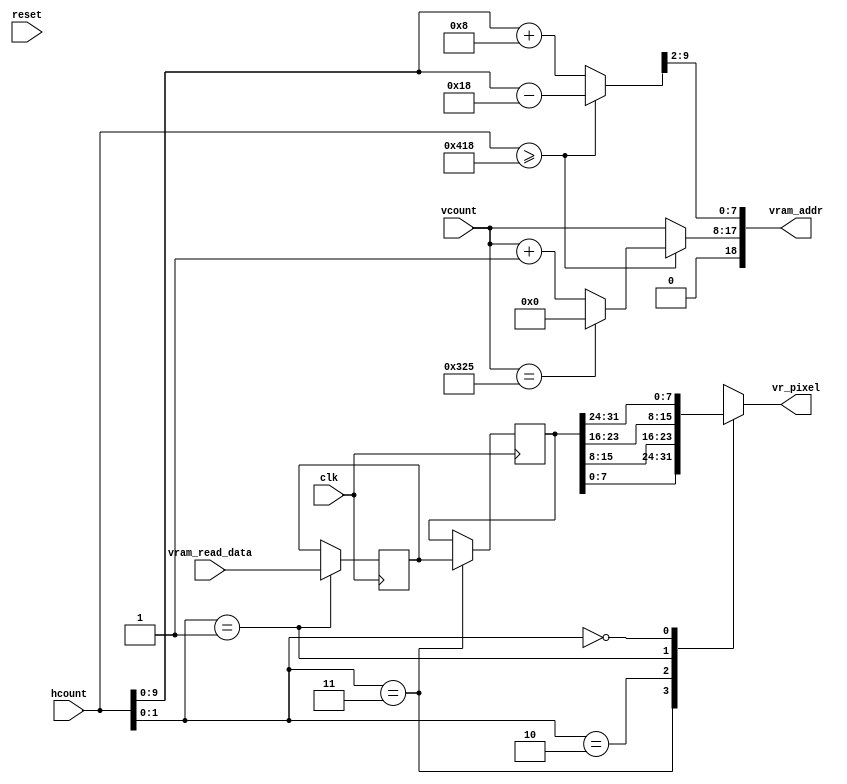

/////////////////////////////////////////////////////////////////////////////
// generate display pixels from reading the ZBT ram
// note that the ZBT ram has 2 cycles of read (and write) latency
//
// We take care of that by latching the data at an appropriate time.
//
// Note that the ZBT stores 36 bits per word; we use only 32 bits here,
// decoded into four bytes of pixel data.
//
// Bug due to memory management will be fixed. The bug happens because
// memory is called based on current hcount & vcount, which will actually
// shows up 2 cycle in the future. Not to mention that these incoming data
// are latched for 2 cycles before they are used. Also remember that the
// ntsc2zbt's addressing protocol has been fixed. 

// The original bug:
// -. At (hcount, vcount) = (100, 201) data at memory address(0,100,49) 
//    arrives at vram_read_data, latch it to vr_data_latched.
// -. At (hcount, vcount) = (100, 203) data at memory address(0,100,49) 
//    is latched to last_vr_data to be used for display.
// -. Remember that memory address(0,100,49) contains camera data
//    pixel(100,192) - pixel(100,195).
// -. At (hcount, vcount) = (100, 204) camera pixel data(100,192) is shown.
// -. At (hcount, vcount) = (100, 205) camera pixel data(100,193) is shown. 
// -. At (hcount, vcount) = (100, 206) camera pixel data(100,194) is shown.
// -. At (hcount, vcount) = (100, 207) camera pixel data(100,195) is shown.
//
// Unfortunately this means that at (hcount == 0) to (hcount == 11) data from
// the right side of the camera is shown instead (including possible sync signals). 

// To fix this, two corrections has been made:
// -. Fix addressing protocol in ntsc_to_zbt module.
// -. Forecast hcount & vcount 8 clock cycles ahead and use that
//    instead to call data from ZBT.


module vram_display(reset,clk,hcount,vcount,vr_pixel,
		    vram_addr,vram_read_data);

   input reset, clk;
   input [10:0] hcount;
   input [9:0] 	vcount;
   output [7:0] vr_pixel;
   output [18:0] vram_addr;
   input [35:0]  vram_read_data;
		
	// example
	// (ADDR 0) 0 (call for addr block 1) | 1 (save read -> latch) | 2  | 3 (latch -> last)
	// (ADDR 1) 4  (call for addr block 2) | 5 (save read -> latch) | 6 | 7 (latch -> last) 
   // forecast hcount & vcount 8 clock cycles ahead to get data from ZBT
   wire [10:0] hcount_f = (hcount >= 1048) ? (hcount - 1048) : (hcount + 8);
   wire [9:0] vcount_f = (hcount >= 1048) ? ((vcount == 805) ? 0 : vcount + 1) : vcount;
      
   wire [18:0] 	 vram_addr = {1'b0, vcount_f, hcount_f[9:2]};

   wire [1:0] 	 hc4 = hcount[1:0];
   reg [7:0] 	 vr_pixel;
   reg [35:0] 	 vr_data_latched;
   reg [35:0] 	 last_vr_data;

   always @(posedge clk)
     last_vr_data <= (hc4==2'd3) ? vr_data_latched : last_vr_data;

   always @(posedge clk)
     vr_data_latched <= (hc4==2'd1) ? vram_read_data : vr_data_latched;

   always @(*)		// each 36-bit word from RAM is decoded to 4 bytes
     case (hc4)
       2'd3: vr_pixel = last_vr_data[7:0];
       2'd2: vr_pixel = last_vr_data[7+8:0+8];
       2'd1: vr_pixel = last_vr_data[7+16:0+16];
       2'd0: vr_pixel = last_vr_data[7+24:0+24];
     endcase

endmodule // vram_display